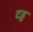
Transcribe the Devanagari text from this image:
दहु